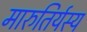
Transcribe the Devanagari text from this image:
मारुतिर्यस्य